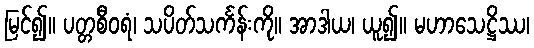
မြင်၍။ ပတ္တစီဝရံ၊ သပိတ်သင်္ကန်းကို။ အာဒါယ၊ ယူ၍။ မဟာသေဋ္ဌိဿ၊